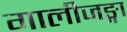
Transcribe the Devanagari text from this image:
गालीजङ्गा